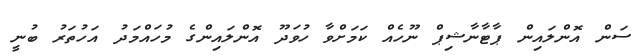
ސަން އޮންލައިން ޕާޓާނާޝިޕް ނޫހެއް ކަމަށްވާ ހުވަދޫ އޮންލައިންގެ މުހައްމަދު އަހުތަރު ބުނީ